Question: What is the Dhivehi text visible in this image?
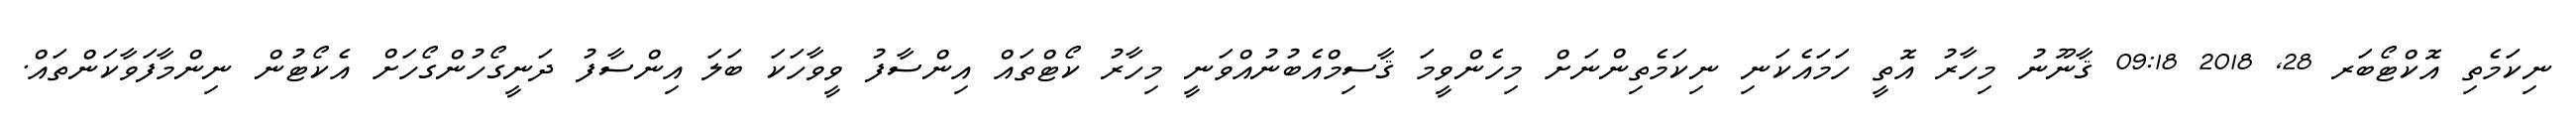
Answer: ނިކަމެތި އޮކްޓޯބަރ 28, 2018 09:18 ޤާނޫނު މިހާރު އޮތީ ހަމައެކަނި ނިކަމެތިންނަށް މިހެންވީމަ ޤާސިމްއެބުނުއްވަނީ މިހާރު ކޯޓްތައް އިންސާފު ވީވާހަކަ ބަލަ އިންސާފު ދަނީގޯހުންގޯހަށް އެކޯޓުން ނިންމާފަވާކަންތައް.